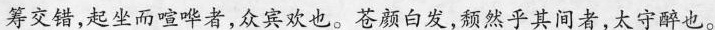
筹交错，起坐而喧哗者，众宾欢也。苍颜白发，颓然乎其间者，太守醉也。